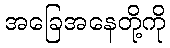
အခြေအနေတို့ကို